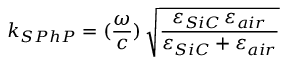
k _ { S P h P } = ( \frac { \omega } { c } ) \, \sqrt { \frac { \varepsilon _ { S i C } \, \varepsilon _ { a i r } } { \varepsilon _ { S i C } + \varepsilon _ { a i r } } }